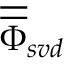
\overline { { \overline { \Phi } } } _ { s v d }